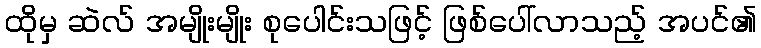
ထိုမှ ဆဲလ် အမျိုးမျိုး စုပေါင်းသဖြင့် ဖြစ်ပေါ်လာသည့် အပင်၏